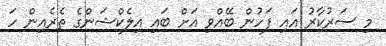
މި ސަރުކާރު އައި ފަހުން ބޭއްވި އަށް ބައި އިލެކްޝަންގެ ތެރެއިން ހަ